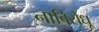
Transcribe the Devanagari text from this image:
नाविरोधू